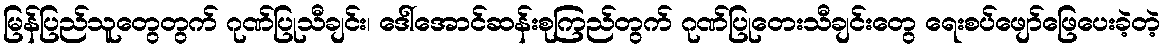
မြန်ပြည်သူတွေတွက် ဂုဏ်ပြုသီချင်း၊ ဒေါ်အောင်ဆန်းစုကြည်တွက် ဂုဏ်ပြုတေးသီချင်းတွေ ရေးစပ်ဖျော်ဖြေပေးခဲ့တဲ့